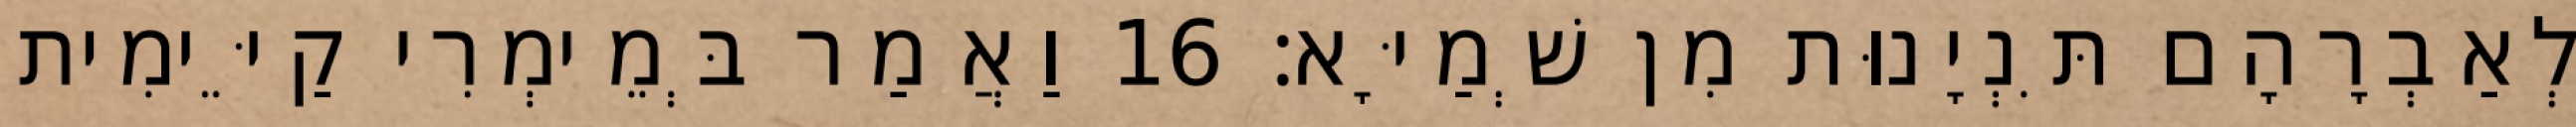
לְאַבְרָהָם תִּנְיָנוּת מִן שְׁמַיָּא׃ 16 וַאֲמַר בְּמֵימְרִי קַיֵּימִית